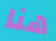
هنا